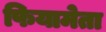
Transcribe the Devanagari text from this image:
फियामेता